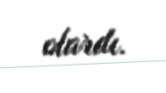
olardı.